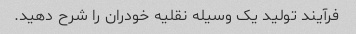
فرآیند تولید یک وسیله نقلیه خودران را شرح دهید.